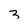
Character: 3